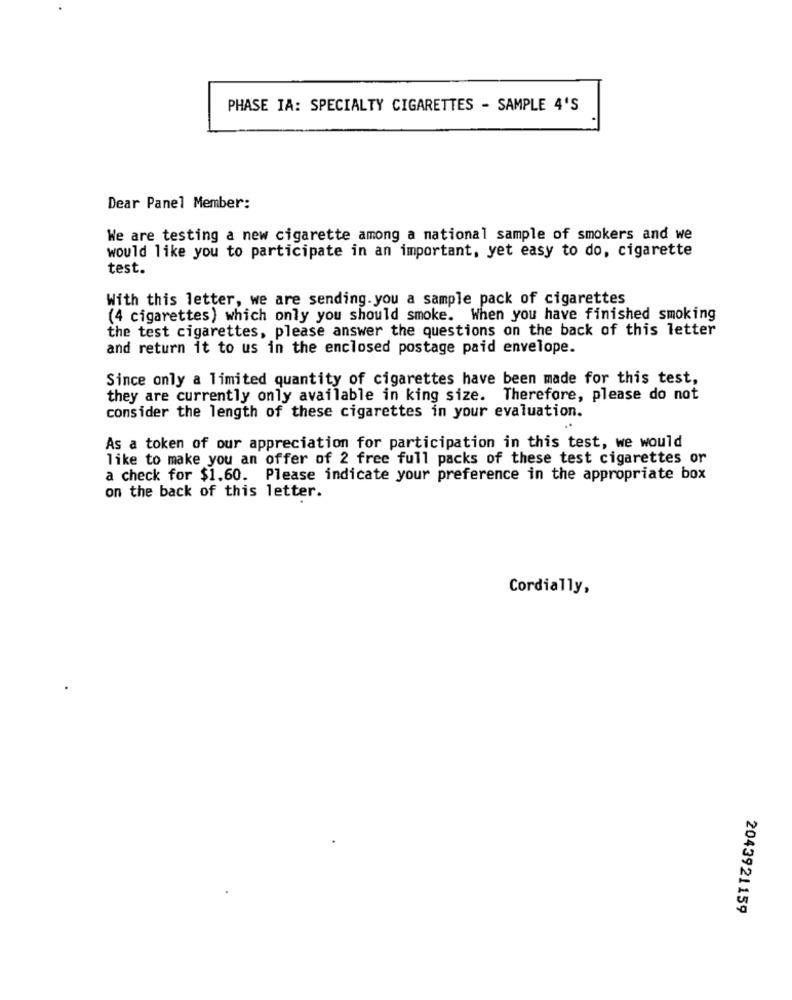
PHASE IA: SPECIALTY CIGARETTES - SAMPLE 4'S
Dear Panel Member:
We are testing a new cigarette among a national sample of smokers and we
would like you to participate in an important, yet easy to do, cigarette
test.
With this letter, we are sending.you a sample pack of cigarettes
(4 cigarettes) which only you should smoke. When you have finished smoking
the test cigarettes, please answer the questions on the back of this letter
and return it to us in the enclosed postage paid envelope.
Since only a limited quantity of cigarettes have been made for this test,
they are currently only available in king size. Therefore, please do not
consider the length of these cigarettes in your evaluation.
As a token of our appreciation for participation in this test, we would
like to make you an offer of 2 free full packs of these test cigarettes or
a check for $1.60. Please indicate your preference in the appropriate box
on the back of this letter.
Cordially,
2043921159